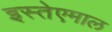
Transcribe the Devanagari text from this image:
इस्तेएमाल